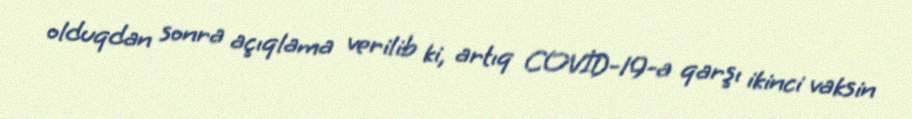
olduqdan sonra açıqlama verilib ki, artıq COVİD-19-a qarşı ikinci vaksin